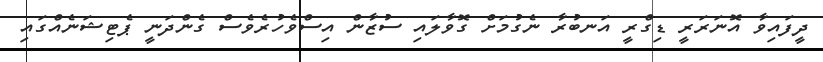
ދީފައިވާ އޮނަރަރީ ޑިގްރީ އަނބުރާ ނެގުމަށް ގޮވާލައި ސުޒާން އިސްވެހުރެވެސް ގެންދަނީ ޕެޓިޝަނެއްގައި